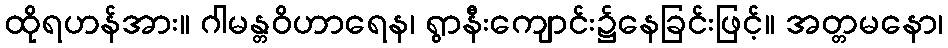
ထိုရဟန်အား။ ဂါမန္တဝိဟာရေန၊ ရွာနီးကျောင်း၌နေခြင်းဖြင့်။ အတ္တမနော၊